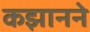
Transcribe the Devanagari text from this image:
कझानने